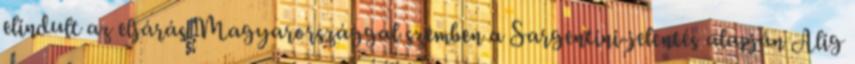
elindult az eljárás Magyarországgal szemben a Sargentini-jelentés alapján Alig